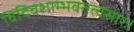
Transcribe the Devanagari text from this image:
विदिवशाम्भवतत्वसारः।